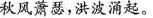
秋风萧瑟，洪波涌起。